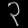
Digit: ၃